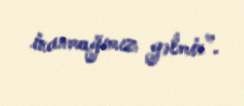
inanmağımız gəlmir”.